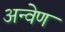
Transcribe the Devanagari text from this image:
अन्वेण